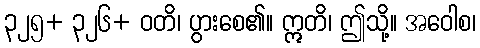
၃၂၅+ ၃၂၆+ ဝတိ၊ ပွားစေ၏။ ဣတိ၊ ဤသို့။ အဝေါစ၊